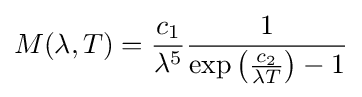
M(\lambda ,T)={\frac {c_{1}}{\lambda ^{5}}}{\frac {1}{\exp \left({\frac {c_{2}}{{\lambda }T}}\right)-1}}